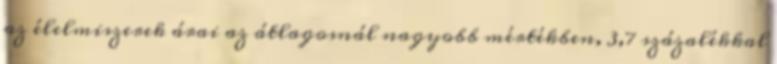
az élelmiszerek árai az átlagosnál nagyobb mértékben, 3,7 százalékkal